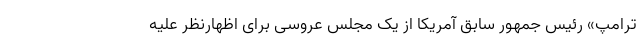
ترامپ» رئیس جمهور سابق آمریکا از یک مجلس عروسی برای اظهارنظر علیه